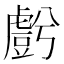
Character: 𮓬